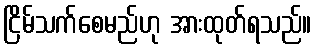
ငြိမ်သက်စေမည်ဟု အားထုတ်ရသည်။